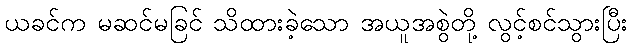
ယခင်က မဆင်မခြင် သိထားခဲ့သော အယူအစွဲတို့ လွင့်စင်သွားပြီး